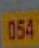
054